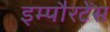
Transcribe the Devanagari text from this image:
इम्पौरटेंस